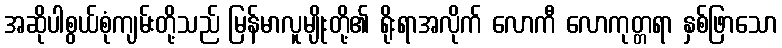
အဆိုပါစွယ်စုံကျမ်းတို့သည် မြန်မာလူမျိုးတို့၏ ရိုးရာအလိုက် လောကီ လောကုတ္တရာ နှစ်ဖြာသော